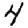
Digit: 4